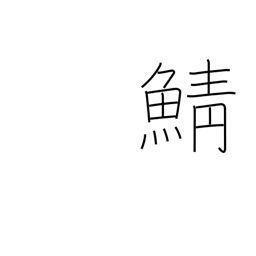
Meaning: mackerel